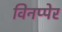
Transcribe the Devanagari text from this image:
विनप्पेर